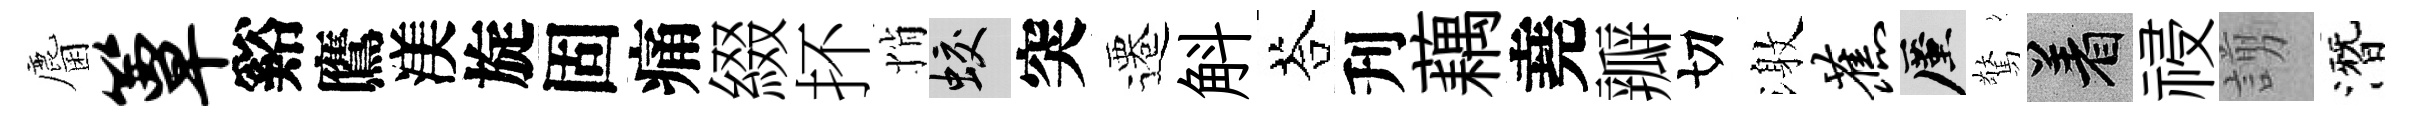
麕簟谿鷹渼旋固痛綴抔悄蛟突遷斛荅刋藕堯瓣切激蕉厪驚著祲謭潛